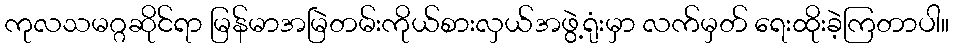
ကုလသမဂ္ဂဆိုင်ရာ မြန်မာအမြဲတမ်းကိုယ်စားလှယ်အဖွဲ့ရုံးမှာ လက်မှတ် ရေးထိုးခဲ့ကြတာပါ။